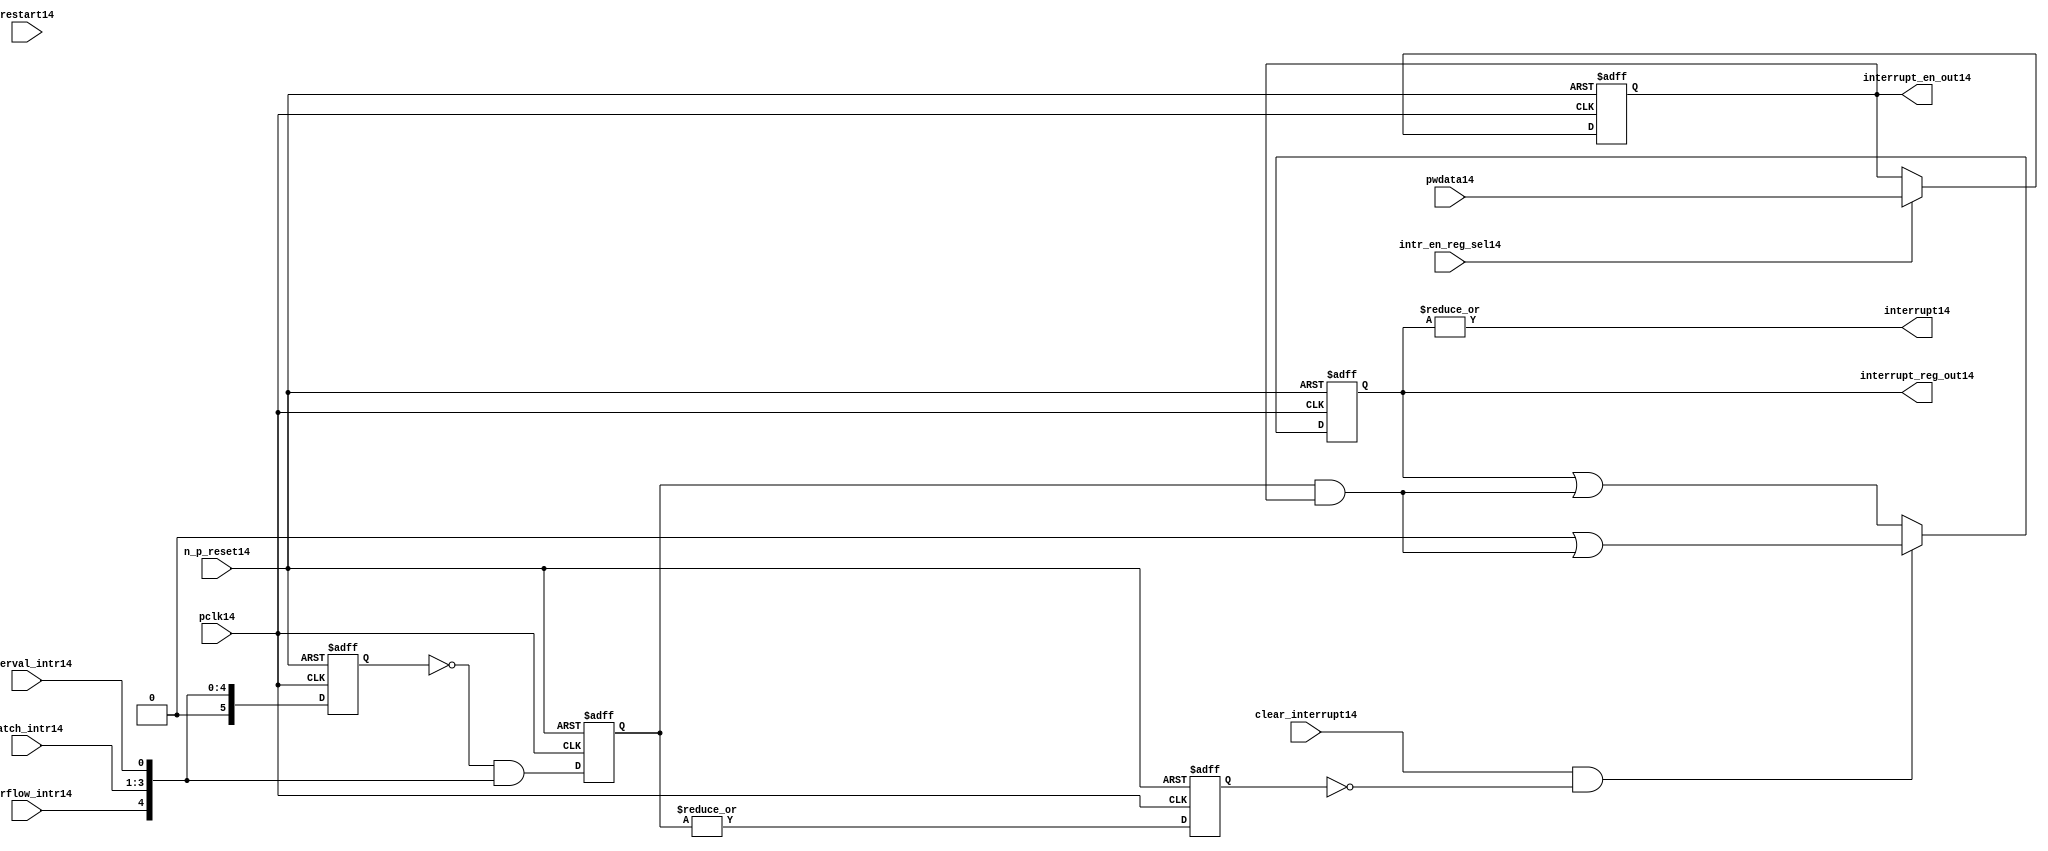
//File14 name   : ttc_interrupt_lite14.v
//Title14       : 
//Created14     : 1999
//Description14 : Interrupts14 from the counter modules14 are registered
//              and if enabled cause the output interrupt14 to go14 high14.
//              Also14 the match114 interrupts14 are monitored14 to generate output 
//Notes14       : 
//----------------------------------------------------------------------
//   Copyright14 1999-2010 Cadence14 Design14 Systems14, Inc14.
//   All Rights14 Reserved14 Worldwide14
//
//   Licensed14 under the Apache14 License14, Version14 2.0 (the
//   "License14"); you may not use this file except14 in
//   compliance14 with the License14.  You may obtain14 a copy of
//   the License14 at
//
//       http14://www14.apache14.org14/licenses14/LICENSE14-2.0
//
//   Unless14 required14 by applicable14 law14 or agreed14 to in
//   writing, software14 distributed14 under the License14 is
//   distributed14 on an "AS14 IS14" BASIS14, WITHOUT14 WARRANTIES14 OR14
//   CONDITIONS14 OF14 ANY14 KIND14, either14 express14 or implied14.  See
//   the License14 for the specific14 language14 governing14
//   permissions14 and limitations14 under the License14.
//----------------------------------------------------------------------
 


//-----------------------------------------------------------------------------
// Module14 definition14
//-----------------------------------------------------------------------------

module ttc_interrupt_lite14(

  //inputs14
  n_p_reset14,                             
  pwdata14,                             
  pclk14,
  intr_en_reg_sel14, 
  clear_interrupt14,                   
  interval_intr14,
  match_intr14,
  overflow_intr14,
  restart14,

  //outputs14
  interrupt14,
  interrupt_reg_out14,
  interrupt_en_out14
  
);


//-----------------------------------------------------------------------------
// PORT DECLARATIONS14
//-----------------------------------------------------------------------------

   //inputs14
   input         n_p_reset14;            //reset signal14
   input [5:0]   pwdata14;               //6 Bit14 Data signal14
   input         pclk14;                 //System14 clock14
   input         intr_en_reg_sel14;      //Interrupt14 Enable14 Reg14 Select14 signal14
   input         clear_interrupt14;      //Clear Interrupt14 Register signal14
   input         interval_intr14;        //Timer_Counter14 Interval14 Interrupt14
   input [3:1]   match_intr14;           //Timer_Counter14 Match14 1 Interrupt14 
   input         overflow_intr14;        //Timer_Counter14 Overflow14 Interrupt14 
   input         restart14;              //Counter14 restart14

   //Outputs14
   output        interrupt14;            //Interrupt14 Signal14 
   output [5:0]  interrupt_reg_out14;    //6 Bit14 Interrupt14 Register
   output [5:0]  interrupt_en_out14; //6 Bit14 Interrupt14 Enable14 Register


//-----------------------------------------------------------------------------
// Internal Signals14 & Registers14
//-----------------------------------------------------------------------------

   wire [5:0]   intr_detect14;          //Interrupts14 from the Timer_Counter14
   reg [5:0]    int_sync_reg14;         //6-bit 1st cycle sync register
   reg [5:0]    int_cycle_reg14;        //6-bit register ensuring14 each interrupt14 
                                      //only read once14
   reg [5:0]    interrupt_reg14;        //6-bit interrupt14 register        
   reg [5:0]    interrupt_en_reg14; //6-bit interrupt14 enable register
   

   reg          interrupt_set14;        //Prevents14 unread14 interrupt14 being cleared14
   
   wire         interrupt14;            //Interrupt14 output
   wire [5:0]   interrupt_reg_out14;    //Interrupt14 register output
   wire [5:0]   interrupt_en_out14; //Interrupt14 enable output


   assign interrupt14              = |(interrupt_reg14);
   assign interrupt_reg_out14      = interrupt_reg14;
   assign interrupt_en_out14       = interrupt_en_reg14;
   
   assign intr_detect14 = {1'b0,
                         overflow_intr14,  
                         match_intr14[3],  
                         match_intr14[2], 
                         match_intr14[1], 
                         interval_intr14};

   

// Setting interrupt14 registers
   
   always @ (posedge pclk14 or negedge n_p_reset14)
   begin: p_intr_reg_ctrl14
      
      if (!n_p_reset14)
      begin
         int_sync_reg14         <= 6'b000000;
         interrupt_reg14        <= 6'b000000;
         int_cycle_reg14        <= 6'b000000;
         interrupt_set14        <= 1'b0;
      end
      else 
      begin

         int_sync_reg14    <= intr_detect14;
         int_cycle_reg14   <= ~int_sync_reg14 & intr_detect14;

         interrupt_set14   <= |int_cycle_reg14;
          
         if (clear_interrupt14 & ~interrupt_set14)
            interrupt_reg14 <= (6'b000000 | (int_cycle_reg14 & interrupt_en_reg14));
         else 
            interrupt_reg14 <= (interrupt_reg14 | (int_cycle_reg14 & 
                                               interrupt_en_reg14));
      end 
      
   end  //p_intr_reg_ctrl14


// Setting interrupt14 enable register
   
   always @ (posedge pclk14 or negedge n_p_reset14)
   begin: p_intr_en_reg14
      
      if (!n_p_reset14)
      begin
         interrupt_en_reg14 <= 6'b000000;
      end
      else 
      begin

         if (intr_en_reg_sel14)
            interrupt_en_reg14 <= pwdata14[5:0];
         else
            interrupt_en_reg14 <= interrupt_en_reg14;

      end 
      
   end  
           


endmodule